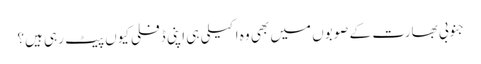
جنوبی بھارت کے صوبوں میں بھی وہ اکیلی ہی اپنی ڈفلی کیوں پیٹ رہی ہیں؟